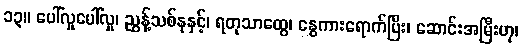
၁၃။ ပေါ်လှုပေါ်လှု၊ ညွန့်သစ်နုနှင့်၊ ရတုသာထွေ၊ နွေကားရောက်ပြီး၊ ဆောင်းအမြီးဟု၊